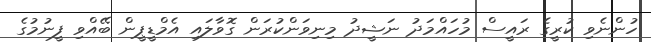
ހުންނެވި ކުރީގެ ރައީސް މުހައްމަދު ނަޝީދު މިނިވަންކުރަން ގޮވާލައި އެމްޑީޕީން ބޭއްވި ފީނުމުގެ